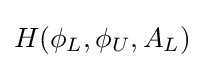
H(\phi _{L},\phi _{U},A_{L})